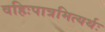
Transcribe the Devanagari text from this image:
वहिःपात्रमित्यर्थः